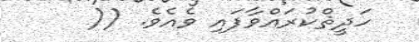
ހަދީޘްކުރައްވާފައި ވެއެވެ. ((